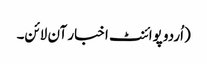
(اُردو پوائنٹ اخبار آن لائن۔